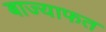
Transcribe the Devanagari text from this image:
बाज्याफत